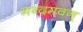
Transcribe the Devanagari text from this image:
मन्दमवन्